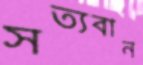
সত্যবান